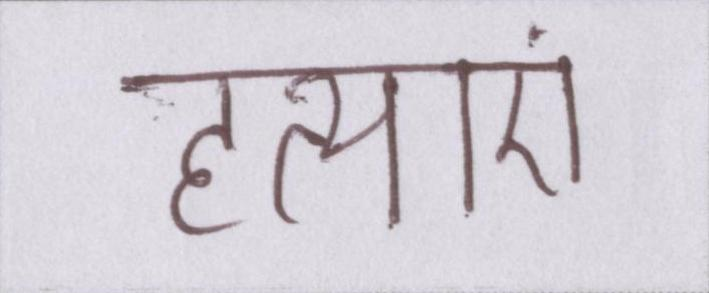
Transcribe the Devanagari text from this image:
हत्याएं